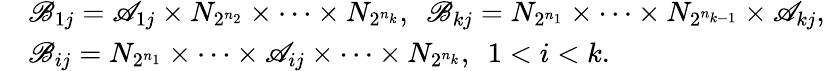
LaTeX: \begin{array}{cl}&{\mathscr{B}_{1j}=\mathscr{A}_{1j}\times N_{2^{n_{2}}}\times\cdots\times N_{2^{n_{k}}},\ \ \mathscr{B}_{kj}=N_{2^{n_{1}}}\times\cdots\times N_{2^{n_{k-1}}}\times\mathscr{A}_{kj},}\\ &{\mathscr{B}_{ij}=N_{2^{n_{1}}}\times\cdots\times\mathscr{A}_{ij}\times\cdots\times N_{2^{n_{k}}},\ \ 1<i<k.}\end{array}